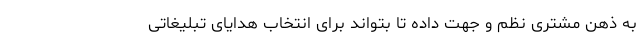
به ذهن مشتری نظم و جهت داده تا بتواند برای انتخاب هدایای تبلیغاتی